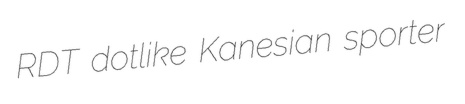
RDT dotlike Kanesian sporter